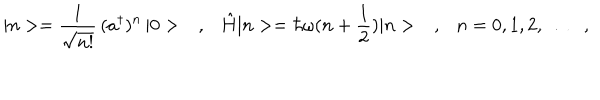
| n > = \frac { 1 } { \sqrt { n ! } } \, ( a ^ { \dagger } ) ^ { n } \, | 0 > \ \ \ , \ \ \ \hat { H } | n > = \hbar \omega ( n + \frac { 1 } { 2 } ) | n > \ \ \ , \ \ \ n = 0 , 1 , 2 , \dots \ \ \ ,